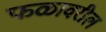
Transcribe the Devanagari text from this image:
फळावरील